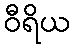
ဝီရိယ